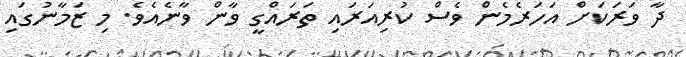
ދާ ވަރަކަށް އަހަރެމެން ވެސް ކުރިއަރައި ތަރައްގީ ވާން ވާނެއެވެ. މި ޒަމާނުގައި